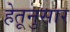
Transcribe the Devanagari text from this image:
हेतूनुसार